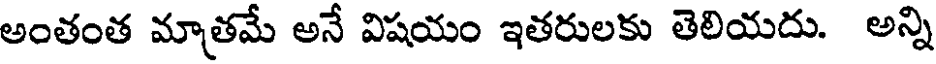
అంతంత మాత్రమే అనే విషయం ఇతరులకు తెలియదు. అన్ని